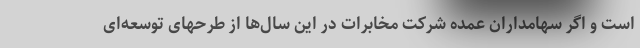
است و اگر سهامداران عمده شرکت مخابرات در این سال‌ها از طرحهای توسعه‌ای